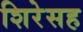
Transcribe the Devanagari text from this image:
शिरेसह